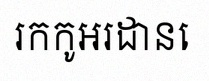
រកកូអរដោនេ